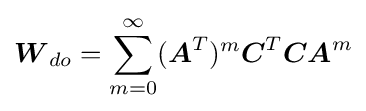
{\boldsymbol {W}}_{do}=\sum _{m=0}^{\infty }({\boldsymbol {A}}^{T})^{m}{\boldsymbol {C}}^{T}{\boldsymbol {C}}{\boldsymbol {A}}^{m}